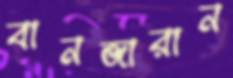
বানজারান